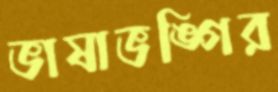
ভাষাভঙ্গির